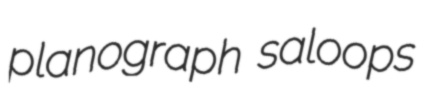
planograph saloops